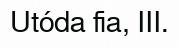
Utóda fia, III.